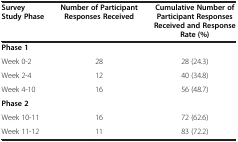
<table><thead><tr><td><b>Survey Study Phase</b></td><td><b>Number of Participant Responses Received</b></td><td><b>Cumulative Number of Participant Responses Received and Response Rate (%)</b></td></tr></thead><tbody><tr><td colspan="3"><b>Phase 1</b></td></tr><tr><td>Week 0-2</td><td>28</td><td>28 (24.3)</td></tr><tr><td>Week 2-4</td><td>12</td><td>40 (34.8)</td></tr><tr><td>Week 4-10</td><td>16</td><td>56 (48.7)</td></tr><tr><td colspan="3"><b>Phase 2</b></td></tr><tr><td>Week 10-11</td><td>16</td><td>72 (62.6)</td></tr><tr><td>Week 11-12</td><td>11</td><td>83 (72.2)</td></tr></tbody></table>